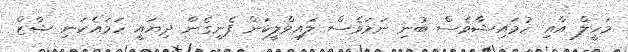
މަހީލް އާއި ހުމައިޝާވެސް ބުނި ނަމަވެސް ލައިވްލީކަން ފެނިގެން ދިޔައީ ހަމައެކަނި ޝާޒް